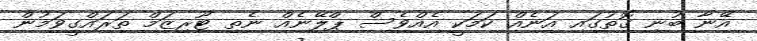
އޭނާ ބުނި ގޮތުގައި އަނެއް ކަމަކީ އެއްވެސް ޕްލޭނެއް ނެތި ޓޫރިޒަމް ތަރައްގީވަމުން